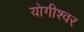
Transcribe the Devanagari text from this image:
योगीश्वर